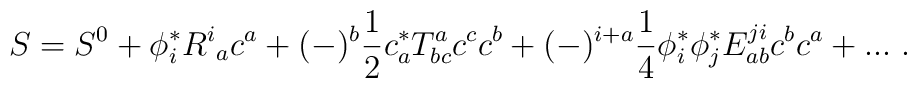
S=S^0+\phi^*_iR^i{}_ac^a+(-)^b\frac{1}{2}c^*_aT^a_{bc}c^cc^b+(-)^{i+a}\frac{1}{4}\phi^*_i\phi ^*_jE^{ji}_{ab}c^bc^a+...\ .